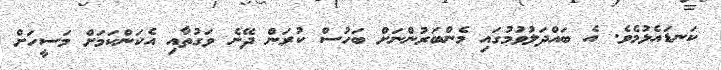
ކަނޑައެޅުމެވެ. އެ ބައްދަލުވުމުގައި މެންބަރުންނަށް ބަހުސް ކުރަން ދޭނެ ވަގުތާއި އެކަންކަމަށް މަސީހަށް